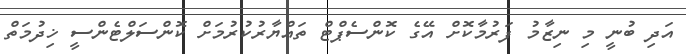
އަދި ބުނީ މި ނިޒާމު ފަރުމާކޮށް އޭގެ ކޮންސެޕްޓް ތައްޔާރުކުރުމަށް ކޮންސަލްޓެންސީ ޚިދުމަތް